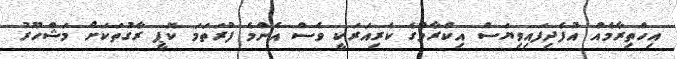
އިހްތިރާމެއް އުފެދިފައިވިޔަސް އިކްރާމްގެ ކެރިއަރަކީ ވެސް އެންމެ ފުރަތަމަ ކޮޕީ ރާގުތަކަށް މަޝްހޫރު